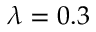
\lambda = 0 . 3